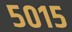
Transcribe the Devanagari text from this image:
५०१५